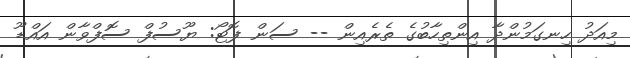
މިއަދު ހިނގަމުންދާ އިންތިހާބުގެ ތެރެއިން -- ސަން ފޮޓޯ: ޔޫސުފް ސޮފްވާން އައްޑޫ